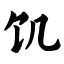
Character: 饥